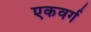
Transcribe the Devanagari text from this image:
एकवर्ग